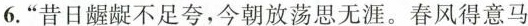
6.”昔日龌龊不足夸，今朝放荡思无涯。春风得意马